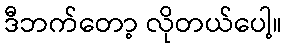
ဒီဘက်တော့ လိုတယ်ပေါ့။